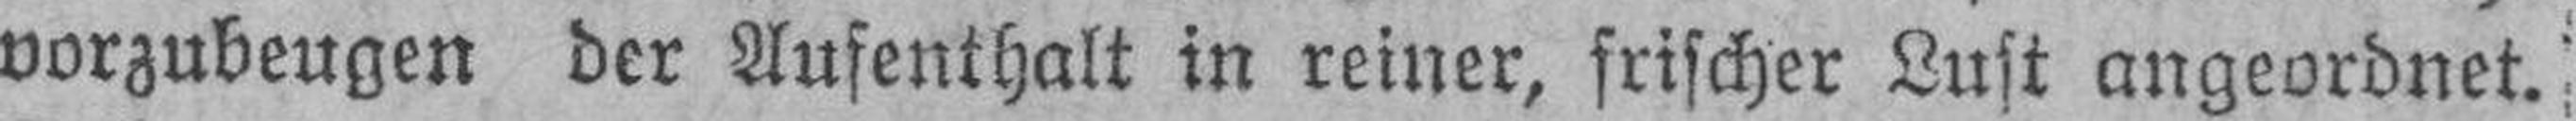
vorzubeugen der Aufenthalt in reiner, frischer Lust angeordnet.